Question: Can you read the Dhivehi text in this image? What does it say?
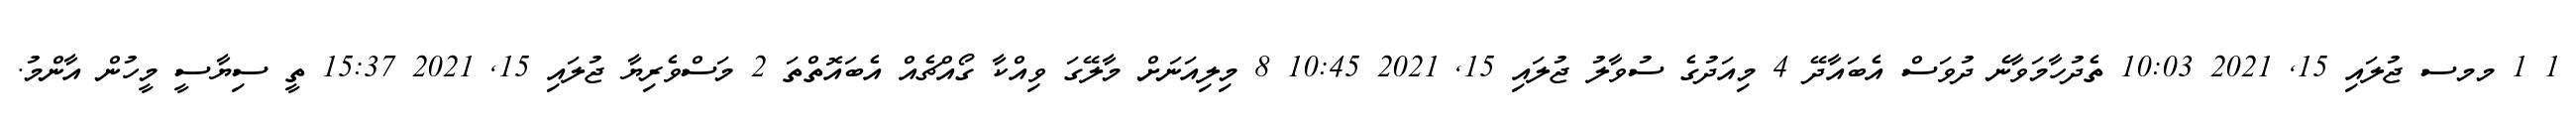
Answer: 1 1 މމސ ޖުލައި 15, 2021 10:03 ތެދުހާމަވާނެ ދުވަސް އެބައާދޭ 4 މިއަދުގެ ސުވާލު ޖުލައި 15, 2021 10:45 8 މިލިއަނަށް މާލޭގަ ވިއްކާ ގޯއްޗެއް އެބައޮތްތަ 2 މަސްވެރިޔާ ޖުލައި 15, 2021 15:37 ތީ ސިޔާސީ މީހުން އާންމު.